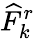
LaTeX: \widehat{F}_{k}^{r}